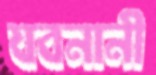
যবনানী